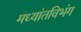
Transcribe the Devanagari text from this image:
मध्यांतविभंग